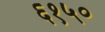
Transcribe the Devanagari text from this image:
६१५०